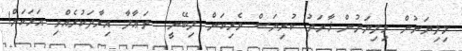
މިލިޔަނުން މިލިޔަނުން ޚާރަދު ކުރިޔަސް ވެރިކަން ލިބޭނީ  ތަޢާލާ އިރާދަކުރެއްވި އަޅަކަށް!